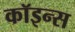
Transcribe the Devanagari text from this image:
कॉइन्स